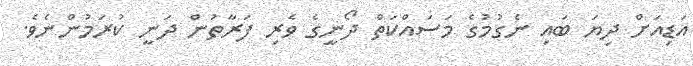
އަޑިއަށް ދިޔަ ބައި ނެގުމުގެ މަސައްކަތް ދޯނީގެ ވެރި ފަރާތުން ދަނީ ކުރަމުންނެވެ.